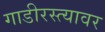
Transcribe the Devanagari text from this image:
गाडीरस्त्यावर